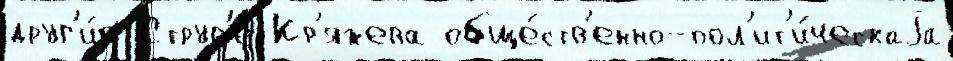
друг'и́е Струв'е Кр'яжева обще́ств'енно-пол'ит'и́ческаjа